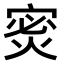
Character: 𫳡